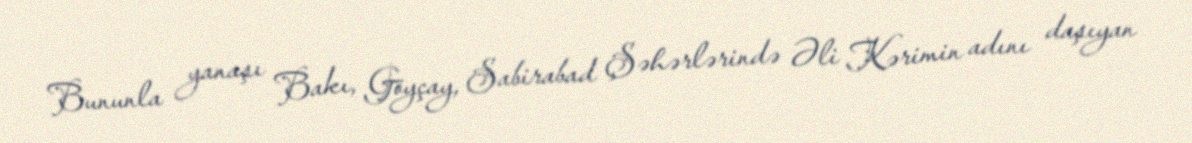
Bununla yanaşı Bakı, Göyçay, Sabirabad Şəhərlərində Əli Kərimin adını daşıyan